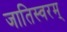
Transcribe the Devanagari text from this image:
जातिस्वरम्